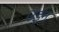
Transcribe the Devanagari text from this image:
उइन